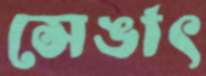
সেঙাৎ